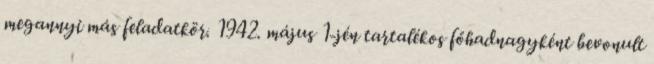
megannyi más feladatkör. 1942. május 1-jén tartalékos főhadnagyként bevonult